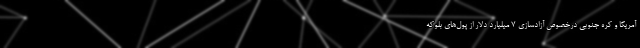
آمریکا و کره جنوبی درخصوص آزادسازی ۷ میلیارد دلار از پول‌های بلوکه